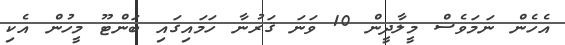
އެހެން ނަމަވެސް މީލާދީން 10 ވަނަ ޤަރުނާ ހަމައިގައި ބަންޓޫ މީހުން އެކި